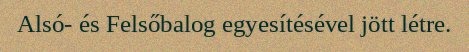
Alsó- és Felsőbalog egyesítésével jött létre.